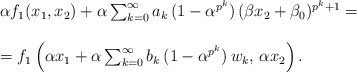
\begin{align*}\begin{array}{l} \alpha f_1 (x_1, x_2) + \alpha \sum_{k=0}^{\infty} a_k \,(1 - \alpha^{p^k}) \, (\beta x_2 + \beta_0)^{p^k+1} =\\ \\=f_1 \left( \alpha x_1 + \alpha \sum_{k=0}^{\infty} b_k \, (1 - \alpha^{p^k}) \, w_k, \, \alpha x_2 \right).\end{array}\end{align*}